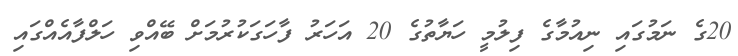
20ގެ ނަމުގައި ނިއުމާގެ ފިލުމީ ހަޔާތުގެ 20 އަހަރު ފާހަގަކުރުމަށް ބޭއްވި ހަލްފާއެއްގައި